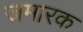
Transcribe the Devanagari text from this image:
जमारक